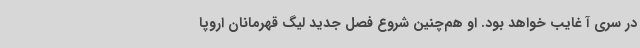
در سری آ غایب خواهد بود. او هم‌چنین شروع فصل جدید لیگ قهرمانان اروپا